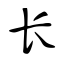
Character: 长